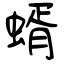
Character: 蝑